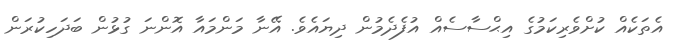
އެތަކެއް ކުށްވެރިކަމުގެ އިޙްސާސެއް އުފެދެމުން ދިޔައެވެ. އޭނާ މަންމައާ އޮންނަ ގުޅުން ބަދަހިކުރަން